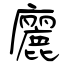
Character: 廲